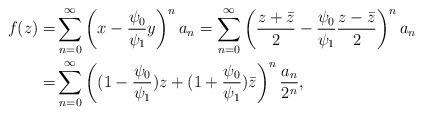
LaTeX: \begin{align*}f(z)= & \sum_{n=0}^{\infty}\left( x - \frac{ \psi_0}{\psi_1} y \right)^n a_n = \sum_{n=0}^{\infty}\left( \frac{z +\bar z}{2} - \frac{ \psi_0}{\psi_1} \frac{z -\bar z}{2} \right)^n a_n \\= & \sum_{n=0}^{\infty}\left( (1 - \frac{ \psi_0}{\psi_1} ) z + (1 + \frac{ \psi_0}{\psi_1} ) \bar z \right)^n \frac{ a_n}{2^n}, \end{align*}